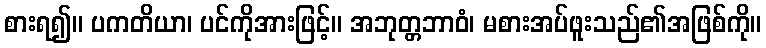
စားရ၍။ ပကတိယာ၊ ပင်ကိုအားဖြင့်။ အဘုတ္တဘာဝံ၊ မစားအပ်ဖူးသည်၏အဖြစ်ကို။